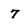
Character: 7